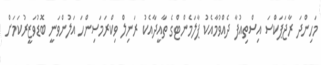
މަހިންދަ ރާޖަޕަކްސަ އިސްތިއުފާ ދެއްވުމާއެކު ޕާލަމެންޓްގެ ތާއީދާއެކު ރަނިލް ވިކްރަމަސިންހަ އަލުންވަނީ ބޮޑުވަޒީރުކަމަށް